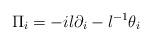
LaTeX: \begin{align*}\Pi_i=-il\partial_i-l^{-1}\theta_i \hskip1cm\end{align*}